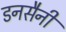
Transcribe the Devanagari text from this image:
डनसैनी